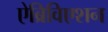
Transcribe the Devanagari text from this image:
ऐब्रिविएशन